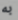
به